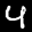
Label: 4